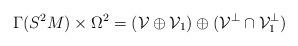
LaTeX: \begin{align*} \Gamma(S^2M)\times \Omega^2=(\mathcal{V}\oplus\mathcal{V}_1)\oplus(\mathcal{V}^\perp\cap \mathcal{V}_1^\perp)\end{align*}